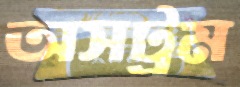
অসট্রম